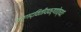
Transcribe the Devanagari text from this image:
वर्गद्वितीयवर्णोत्थाः